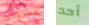
للدكتور أحد